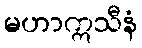
မဟာဣသီနံ